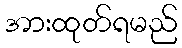
အားထုတ်ရမည်